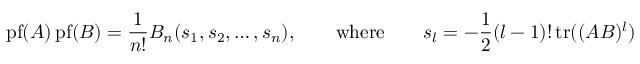
\mathrm { p f } ( A ) \, \mathrm { p f } ( B ) = { \frac { 1 } { n ! } } B _ { n } ( s _ { 1 } , s _ { 2 } , \ldots , s _ { n } ) , \qquad \mathrm { w h e r e } \qquad s _ { l } = - { \frac { 1 } { 2 } } ( l - 1 ) ! \, \mathrm { t r } ( ( A B ) ^ { l } )